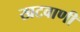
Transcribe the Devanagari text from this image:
खटवाणी